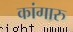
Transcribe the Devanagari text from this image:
कांगारु